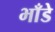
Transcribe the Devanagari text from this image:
भाँडे